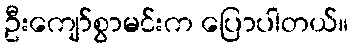
ဦးကျော်စွာမင်းက ပြောပါတယ်။